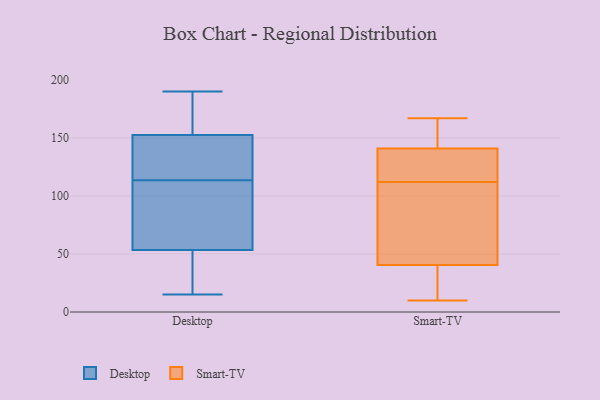
{"axis": {"x": "Latency (ms)", "y": "Value"}, "legend": ["Desktop", "Smart-TV"], "data": [{"x": "", "y": 187, "type": "Desktop"}, {"x": "", "y": 33, "type": "Desktop"}, {"x": "", "y": 134, "type": "Desktop"}, {"x": "", "y": 57, "type": "Desktop"}, {"x": "", "y": 56, "type": "Desktop"}, {"x": "", "y": 109, "type": "Desktop"}, {"x": "", "y": 24, "type": "Desktop"}, {"x": "", "y": 169, "type": "Desktop"}, {"x": "", "y": 15, "type": "Desktop"}, {"x": "", "y": 190, "type": "Desktop"}, {"x": "", "y": 118, "type": "Desktop"}, {"x": "", "y": 60, "type": "Desktop"}, {"x": "", "y": 151, "type": "Desktop"}, {"x": "", "y": 174, "type": "Desktop"}, {"x": "", "y": 124, "type": "Desktop"}, {"x": "", "y": 22, "type": "Desktop"}, {"x": "", "y": 136, "type": "Desktop"}, {"x": "", "y": 51, "type": "Desktop"}, {"x": "", "y": 59, "type": "Desktop"}, {"x": "", "y": 154, "type": "Desktop"}, {"x": "", "y": 160, "type": "Smart-TV"}, {"x": "", "y": 42, "type": "Smart-TV"}, {"x": "", "y": 112, "type": "Smart-TV"}, {"x": "", "y": 30, "type": "Smart-TV"}, {"x": "", "y": 56, "type": "Smart-TV"}, {"x": "", "y": 147, "type": "Smart-TV"}, {"x": "", "y": 139, "type": "Smart-TV"}, {"x": "", "y": 117, "type": "Smart-TV"}, {"x": "", "y": 130, "type": "Smart-TV"}, {"x": "", "y": 10, "type": "Smart-TV"}, {"x": "", "y": 167, "type": "Smart-TV"}, {"x": "", "y": 102, "type": "Smart-TV"}, {"x": "", "y": 36, "type": "Smart-TV"}]}